Civil Veterinary Department Bihar & Orissa reports 1911-21 - 1911-1921
Year: 1911
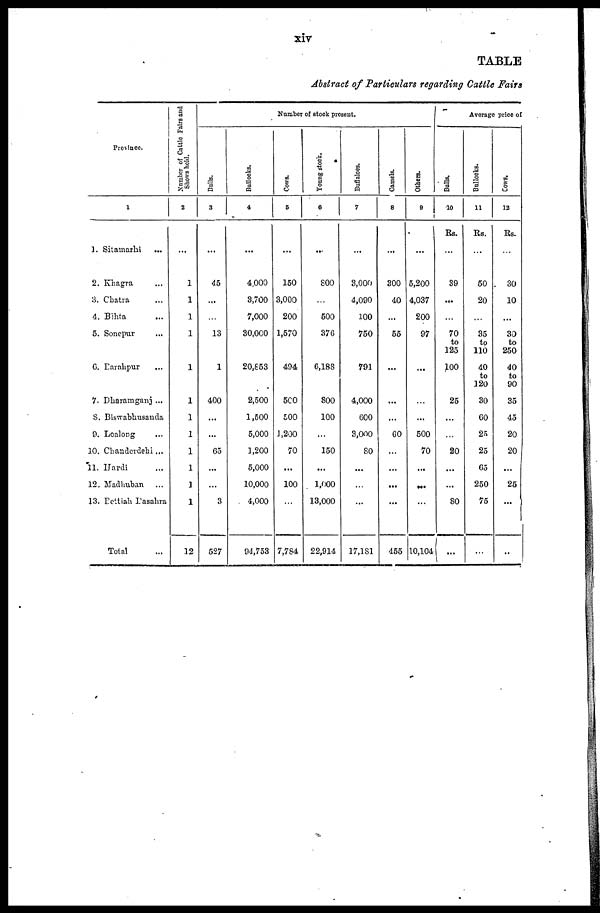
TABLE
Abstract of Particulars regarding Cattle Fairs
Province.
1
1. Sitamarhi
...
2. Khagra ...
3. Chatra ...
4. Bihta ...
5. Sonepur ...
6. Barahpur ...
7. Dharamganj ...
S. Biswabhusanda
9. Loalong ...
10. Chanderdehi ...
11. Hardi ...
12. Madhuban
...
13. Bettiah Basahra
Total ...
Number
of Cattle Fairs and
Shows hold.
2
...
1
1
1
1
1
1
1
1
1
1
1
1
12
Bulls.
3
...
45
...
...
13
1
400
...
...
65
...
...
3
527
Bullocks.
4
...
4,000
3,700
7,000
30,000
20,£53
2,500
1,500
5,000
1,200
5,000
10,000
4,000
94,753
Number of stock present.
Cows.
5
...
150
3,000
200
1,570
494
5C0
500
1,200
70
...
100
...
7,7S4
Young stock.
6
...
800
...
500
376
6,188
800
100
...
150
...
1,000
13,000
22,914
Buffaloes.
7
...
3,000
4,090
100
750
791
4,000
600
3,000
80
...
...
...
17,181
Camels.
8
...
300
40
...
55
...
...
...
60
...
...
...
...
455
Others.
9
...
5,200
4,037
200
97
...
...
500
70
...
...
...
10,104
Bulls.
10
Rs.
39
...
...
70
to
125
100
25
...
...
20
...
...
80
...
Average price of
Bullocks.
11
Rs.
50
20
...
35
to
110
40
to
120
30
60
25
25
65
250
75
...
Cows.
12
Rs.
30
10
...
30
to
250
40
to
90
35
45
20
20
...
25
...
...